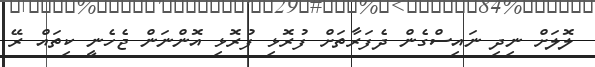
ލޮލަށް ނިދި ނައިސްގެން ދެފަރާތަށް ފުރޮޅި ފުރޮޅި އޮންނަން ޖެހެނީ ކިތައް ރޭ